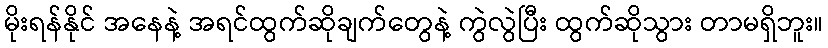
မိုးရန်နိုင် အနေနဲ့ အရင်ထွက်ဆိုချက်တွေနဲ့ ကွဲလွဲပြီး ထွက်ဆိုသွား တာမရှိဘူး။